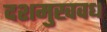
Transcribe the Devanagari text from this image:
दशमुखवध